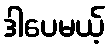
ဒါပေမယ့်